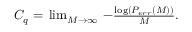
\begin{array} { r } { C _ { q } = \, \operatorname* { l i m } _ { M \to \infty } \, - \frac { \log ( P _ { e r r } ( M ) ) } { M } . } \end{array}